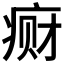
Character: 𱱕